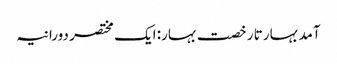
آمد بہار تا رخصت بہار: ایک مختصر دورانیہ